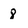
Character: 8